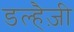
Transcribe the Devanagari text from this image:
डल्हैज़ी